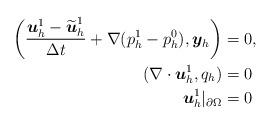
LaTeX: \begin{align*}\begin{aligned} \left(\frac{\boldsymbol{u}^1_h-\widetilde{\boldsymbol{u}}^1_h}{\Delta t}+\nabla (p_h^1-p_h^0), \boldsymbol{y}_h\right)&=0, \\ (\nabla \cdot \boldsymbol{u}_h^1, q_h)&=0 \\ \boldsymbol{u}_h^1|_{\partial\Omega}&=0 \end{aligned}\end{align*}